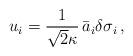
LaTeX: \begin{align*}u_i=\frac{1}{\sqrt{2}\kappa}\,\bar{a}_i\delta\sigma_i \,,\end{align*}